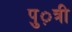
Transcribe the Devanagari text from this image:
पु़़त्री